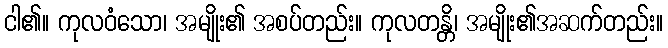
ငါ၏။ ကုလဝံသော၊ အမျိုး၏ အစပ်တည်း။ ကုလတန္တိ၊ အမျိုး၏အဆက်တည်း။